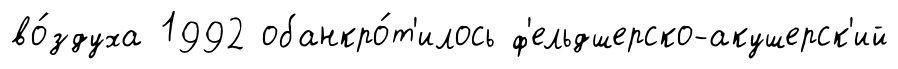
во́здуха 1992 обанкро́т'илось ф'ельдшерско-акушерск'ий